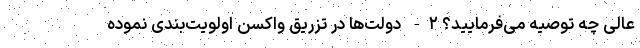
عالی چه توصیه می‌فرمایید؟ ۲- دولت‌ها در تزریق واکسن اولویت‌بندی نموده